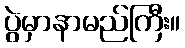
ပွဲမှာနာမည်ကြီး။